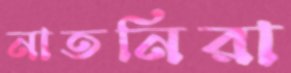
নাতনিরা